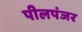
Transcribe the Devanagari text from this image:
पीलपंजर